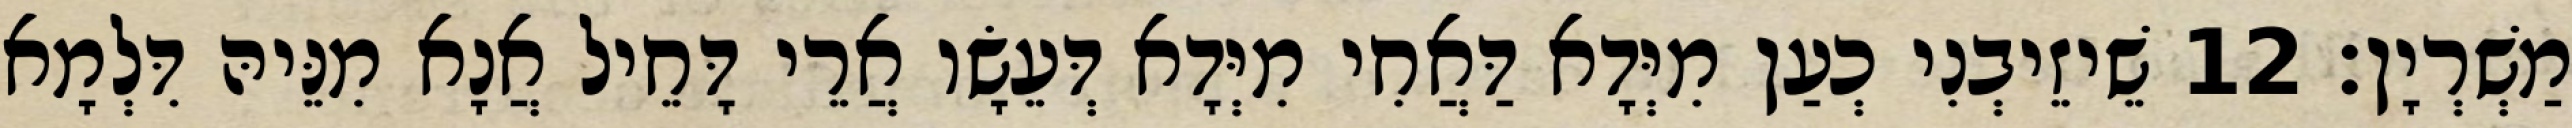
מַשְׁרְיָן׃ 12 שֵׁיזֵיבְנִי כְעַן מִיְּדָא דַּאֲחִי מִיְּדָא דְּעֵשָׂו אֲרֵי דָּחֵיל אֲנָא מִנֵּיהּ דִּלְמָא